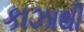
કાઝાથી